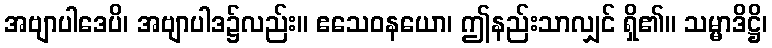
အဗျာပါဒေပိ၊ အဗျာပါဒ၌လည်း။ ဧသေဝနယော၊ ဤနည်းသာလျှင် ရှိ၏။ သမ္မာဒိဋ္ဌိ၊